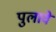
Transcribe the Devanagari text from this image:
पुलावे